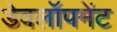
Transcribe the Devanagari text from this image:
डेवलॉपमेंट